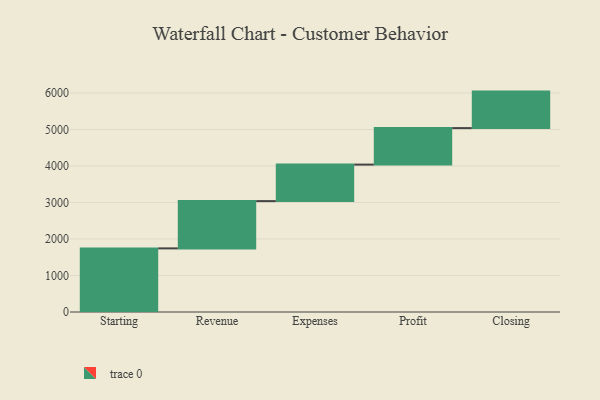
{"axis": {"x": "Step", "y": "Value"}, "legend": [""], "data": [{"x": "Starting", "y": 1743.0, "type": ""}, {"x": "Revenue", "y": 1295.0, "type": ""}, {"x": "Expenses", "y": 1000, "type": ""}, {"x": "Profit", "y": 1000, "type": ""}, {"x": "Closing", "y": 1000, "type": ""}]}